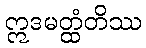
ဣဒမတ္ထံတိဿ